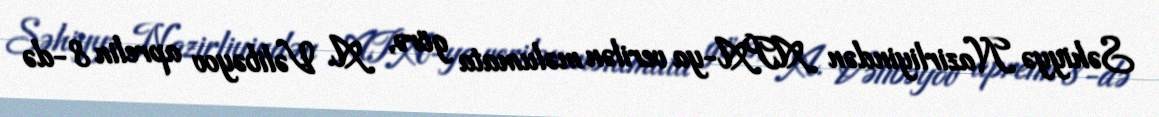
Səhiyyə Nazirliyindən APA-ya verilən məlumata görə, A. Vəlibəyov aprelin 8-də